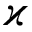
\varkappa